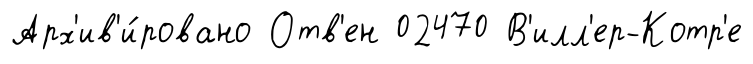
Арх'ив'и́ровано Отв'ен 02470 В'илл'ер-Котр'е